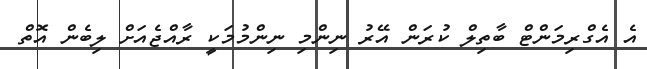
އެ އެގްރިމަންޓް ބާތިލް ކުރަން އޭރު ނިންމި ނިންމުމަކީ ރާއްޖެއަށް ލިބެން އޮތް